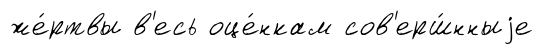
же́ртвы в'есь оце́нкам сов'ерш́нныjе